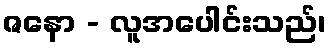
ဇနော - လူအပေါင်းသည်၊